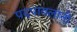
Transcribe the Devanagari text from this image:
पदपावलांनी